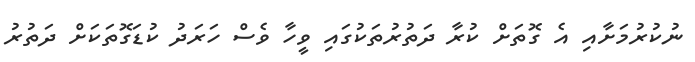
ނުކުރުމަށާއި އެ ގޮތަށް ކުރާ ދަތުރުތަކުގައި ވީހާ ވެސް ހަރަދު ކުޑަގޮތަކަށް ދަތުރު